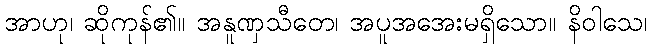
အာဟု၊ ဆိုကုန်၏။ အနူဏှသီတေ၊ အပူအအေးမရှိသော။ နိဝါသေ၊